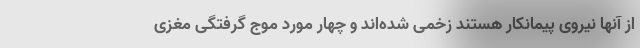
از آنها نیروی پیمانکار هستند زخمی شده‌اند و چهار مورد موج گرفتگی مغزی